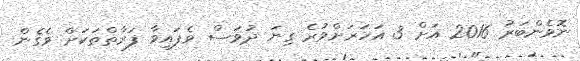
ނޮވެންބަރު 2016 އަށް 3 އަހަރަށްވުރެ ގިނަ ދުވަސް ވެފައިވާ ފަރާތްތަކަށް ވެގެން